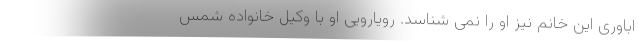
اباوری این خانم نیز او را نمی شناسد. رویارویی او با وکیل خانواده شمس